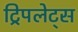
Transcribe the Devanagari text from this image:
ट्रिपलेट्स